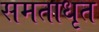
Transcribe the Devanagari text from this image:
समताधृत